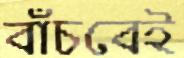
বাঁচবেই